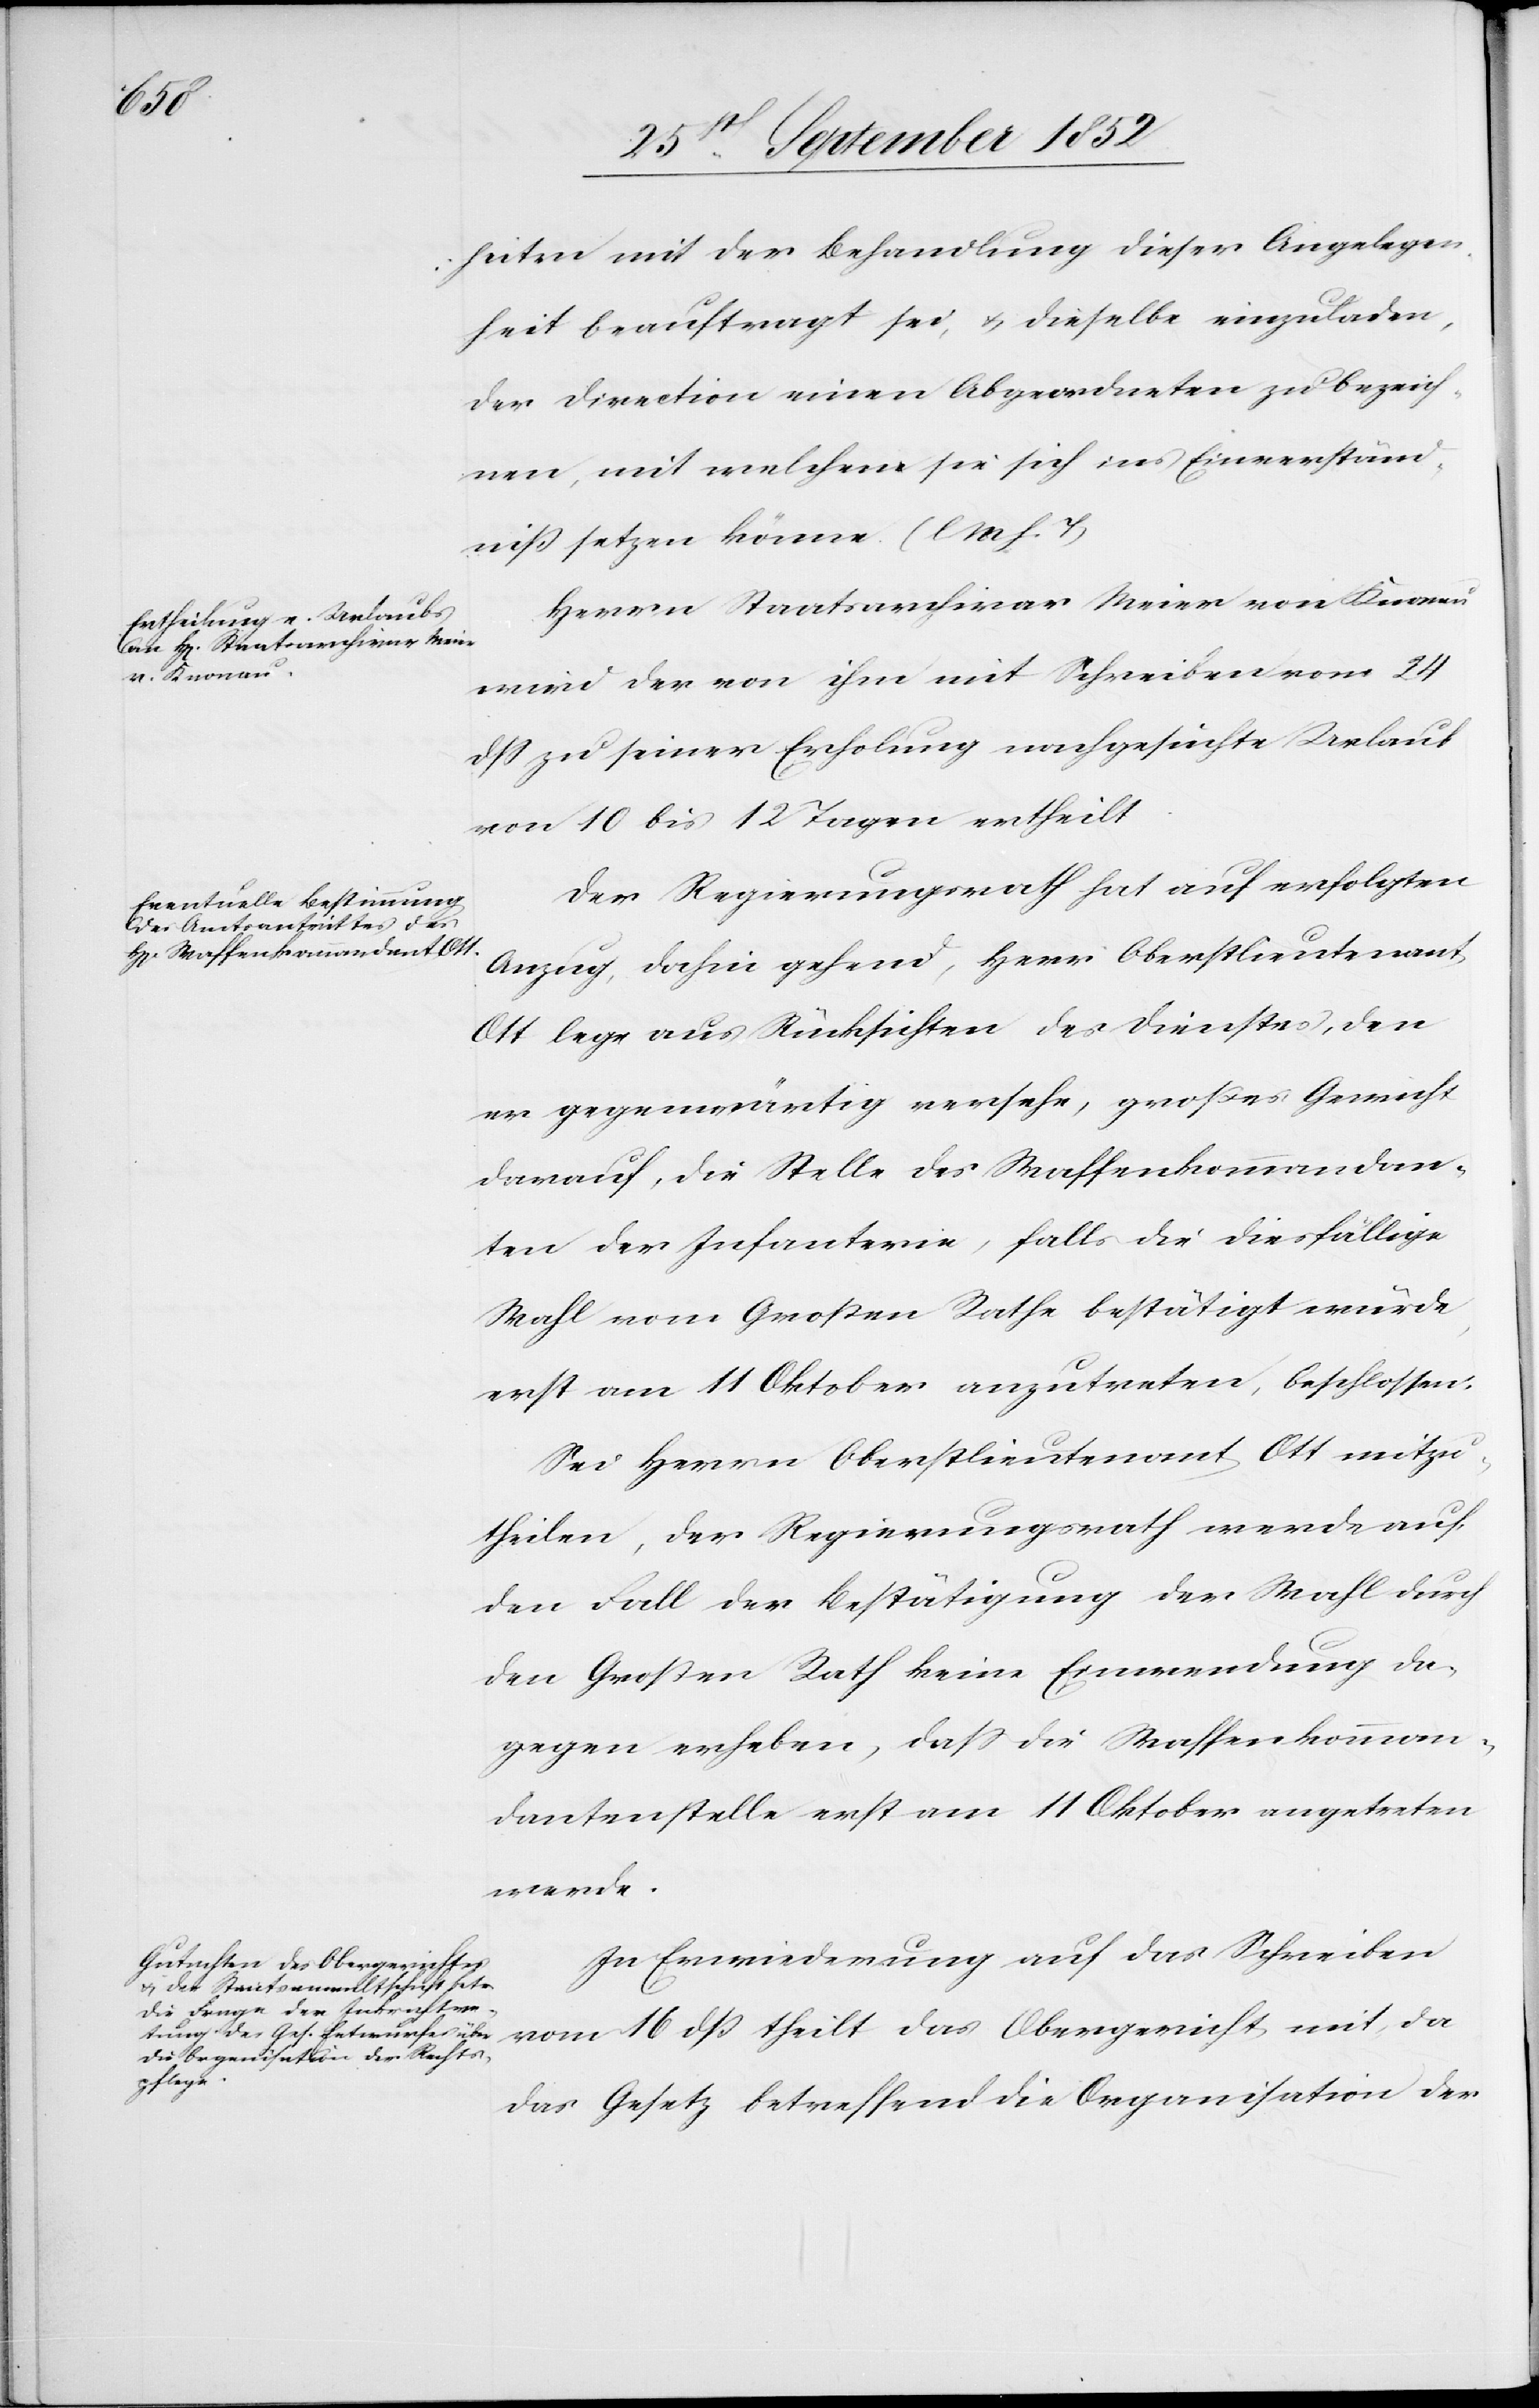
heiten mit der Behandlung dieser Angelegen¬
heit beauftragt sei, & dieselbe einzuladen,
der Direction einen Abgeordneten zu bezeich¬
nen, mit welchem sie sich ins Einverständ¬
niß setzen könne (l M h. T)[.]
Herrn Staatsarchivar Meier von Knonau
wird der von ihm mit Schreiben vom 24
dss zu seiner Erholung nachgesuchte Urlaub
von 10 bis 12 Tagen ertheilt.
Der Regierungsrath hat auf erfolgten
Anzug, dahin gehend, Herr Oberstlieutenant
Ott lege aus Rücksichten des Dienstes, den
er gegenwärtig versehe, großes Gewicht
darauf, die Stelle des Waffenkommandan¬
ten der Infanterie, falls die diesfällige
Wahl vom Großen Rathe bestätigt würde,
erst am 11 Oktober anzutreten, beschlossen:
Sei Herrn Oberstlieutenant Ott mitzu¬
theilen, der Regierungsrath werde auf
den Fall der Bestätigung der Wahl durch
den Großen Rath keine Einwendung da¬
gegen erheben, dass die Waffenkomman¬
dantenstelle erst am 11 Oktober angetreten
werde.
In Erwiederung auf das Schreiben
vom 16 dß theilt das Obergericht mit, da
das Gesetz betreffend die Organisation der